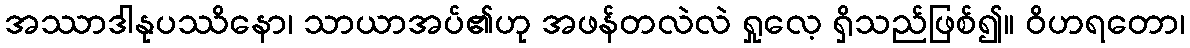
အဿာဒါနုပဿိနော၊ သာယာအပ်၏ဟု အဖန်တလဲလဲ ရှုလေ့ ရှိသည်ဖြစ်၍။ ဝိဟရတော၊